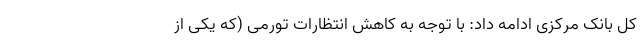
کل بانک مرکزی ادامه داد: با توجه به کاهش انتظارات تورمی (که یکی از